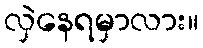
လှဲနေရမှာလား။